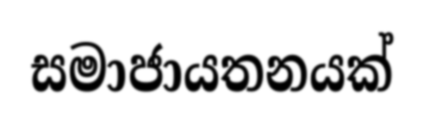
සමාජායතනයක්